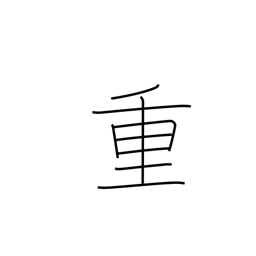
Meaning: important